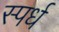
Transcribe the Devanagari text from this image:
स्पर्ध